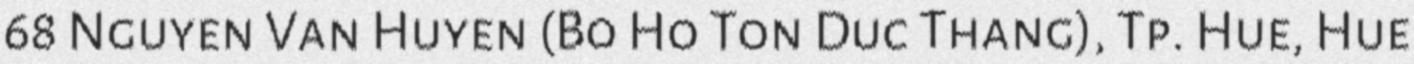
68 Nguyen Van Huyen (Bo Ho Ton Duc Thang), Tp. Hue, Hue